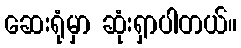
ဆေးရုံမှာ ဆုံးရှာပါတယ်။